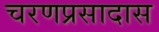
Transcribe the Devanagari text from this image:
चरणप्रसादास